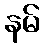
နမ်